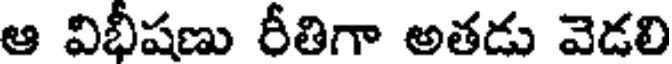
ఆ విభీషణు రీతిగా అతడు వెడలి